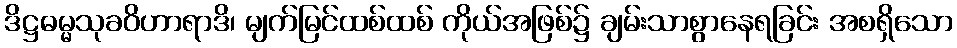
ဒိဋ္ဌဓမ္မသုခဝိဟာရာဒိ၊ မျက်မြင်ထစ်ထစ် ကိုယ်အဖြစ်၌ ချမ်းသာစွာနေရခြင်း အစရှိသော